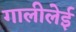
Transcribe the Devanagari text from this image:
गालीलेई